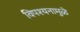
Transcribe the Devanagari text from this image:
विपश्यनामुळे